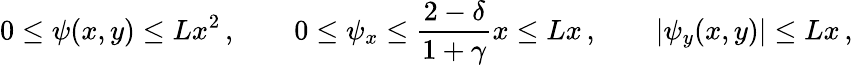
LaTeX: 0\leq\psi(x,y)\leq Lx^{2}\, ,\qquad 0\leq\psi_{x}\leq\frac{2-\delta}{1+\gamma}x\leq Lx\, ,\qquad|\psi_{y}(x,y)|\leq Lx\, ,